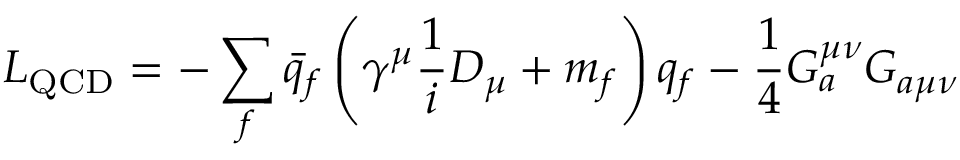
{ \cal { L } } _ { \mathrm { Q C D } } = - \sum _ { f } \bar { q } _ { f } \left( \gamma ^ { \mu } \frac { 1 } { i } D _ { \mu } + m _ { f } \right) q _ { f } - \frac { 1 } { 4 } G _ { a } ^ { \mu \nu } G _ { a \mu \nu }